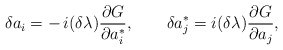
\begin{align*}\delta a_i = -\,{i}(\delta\lambda){\partial G\over\partial a_i^*},\qquad \delta a_j^* = {i}(\delta\lambda){\partial G\over\partial a_j},\end{align*}